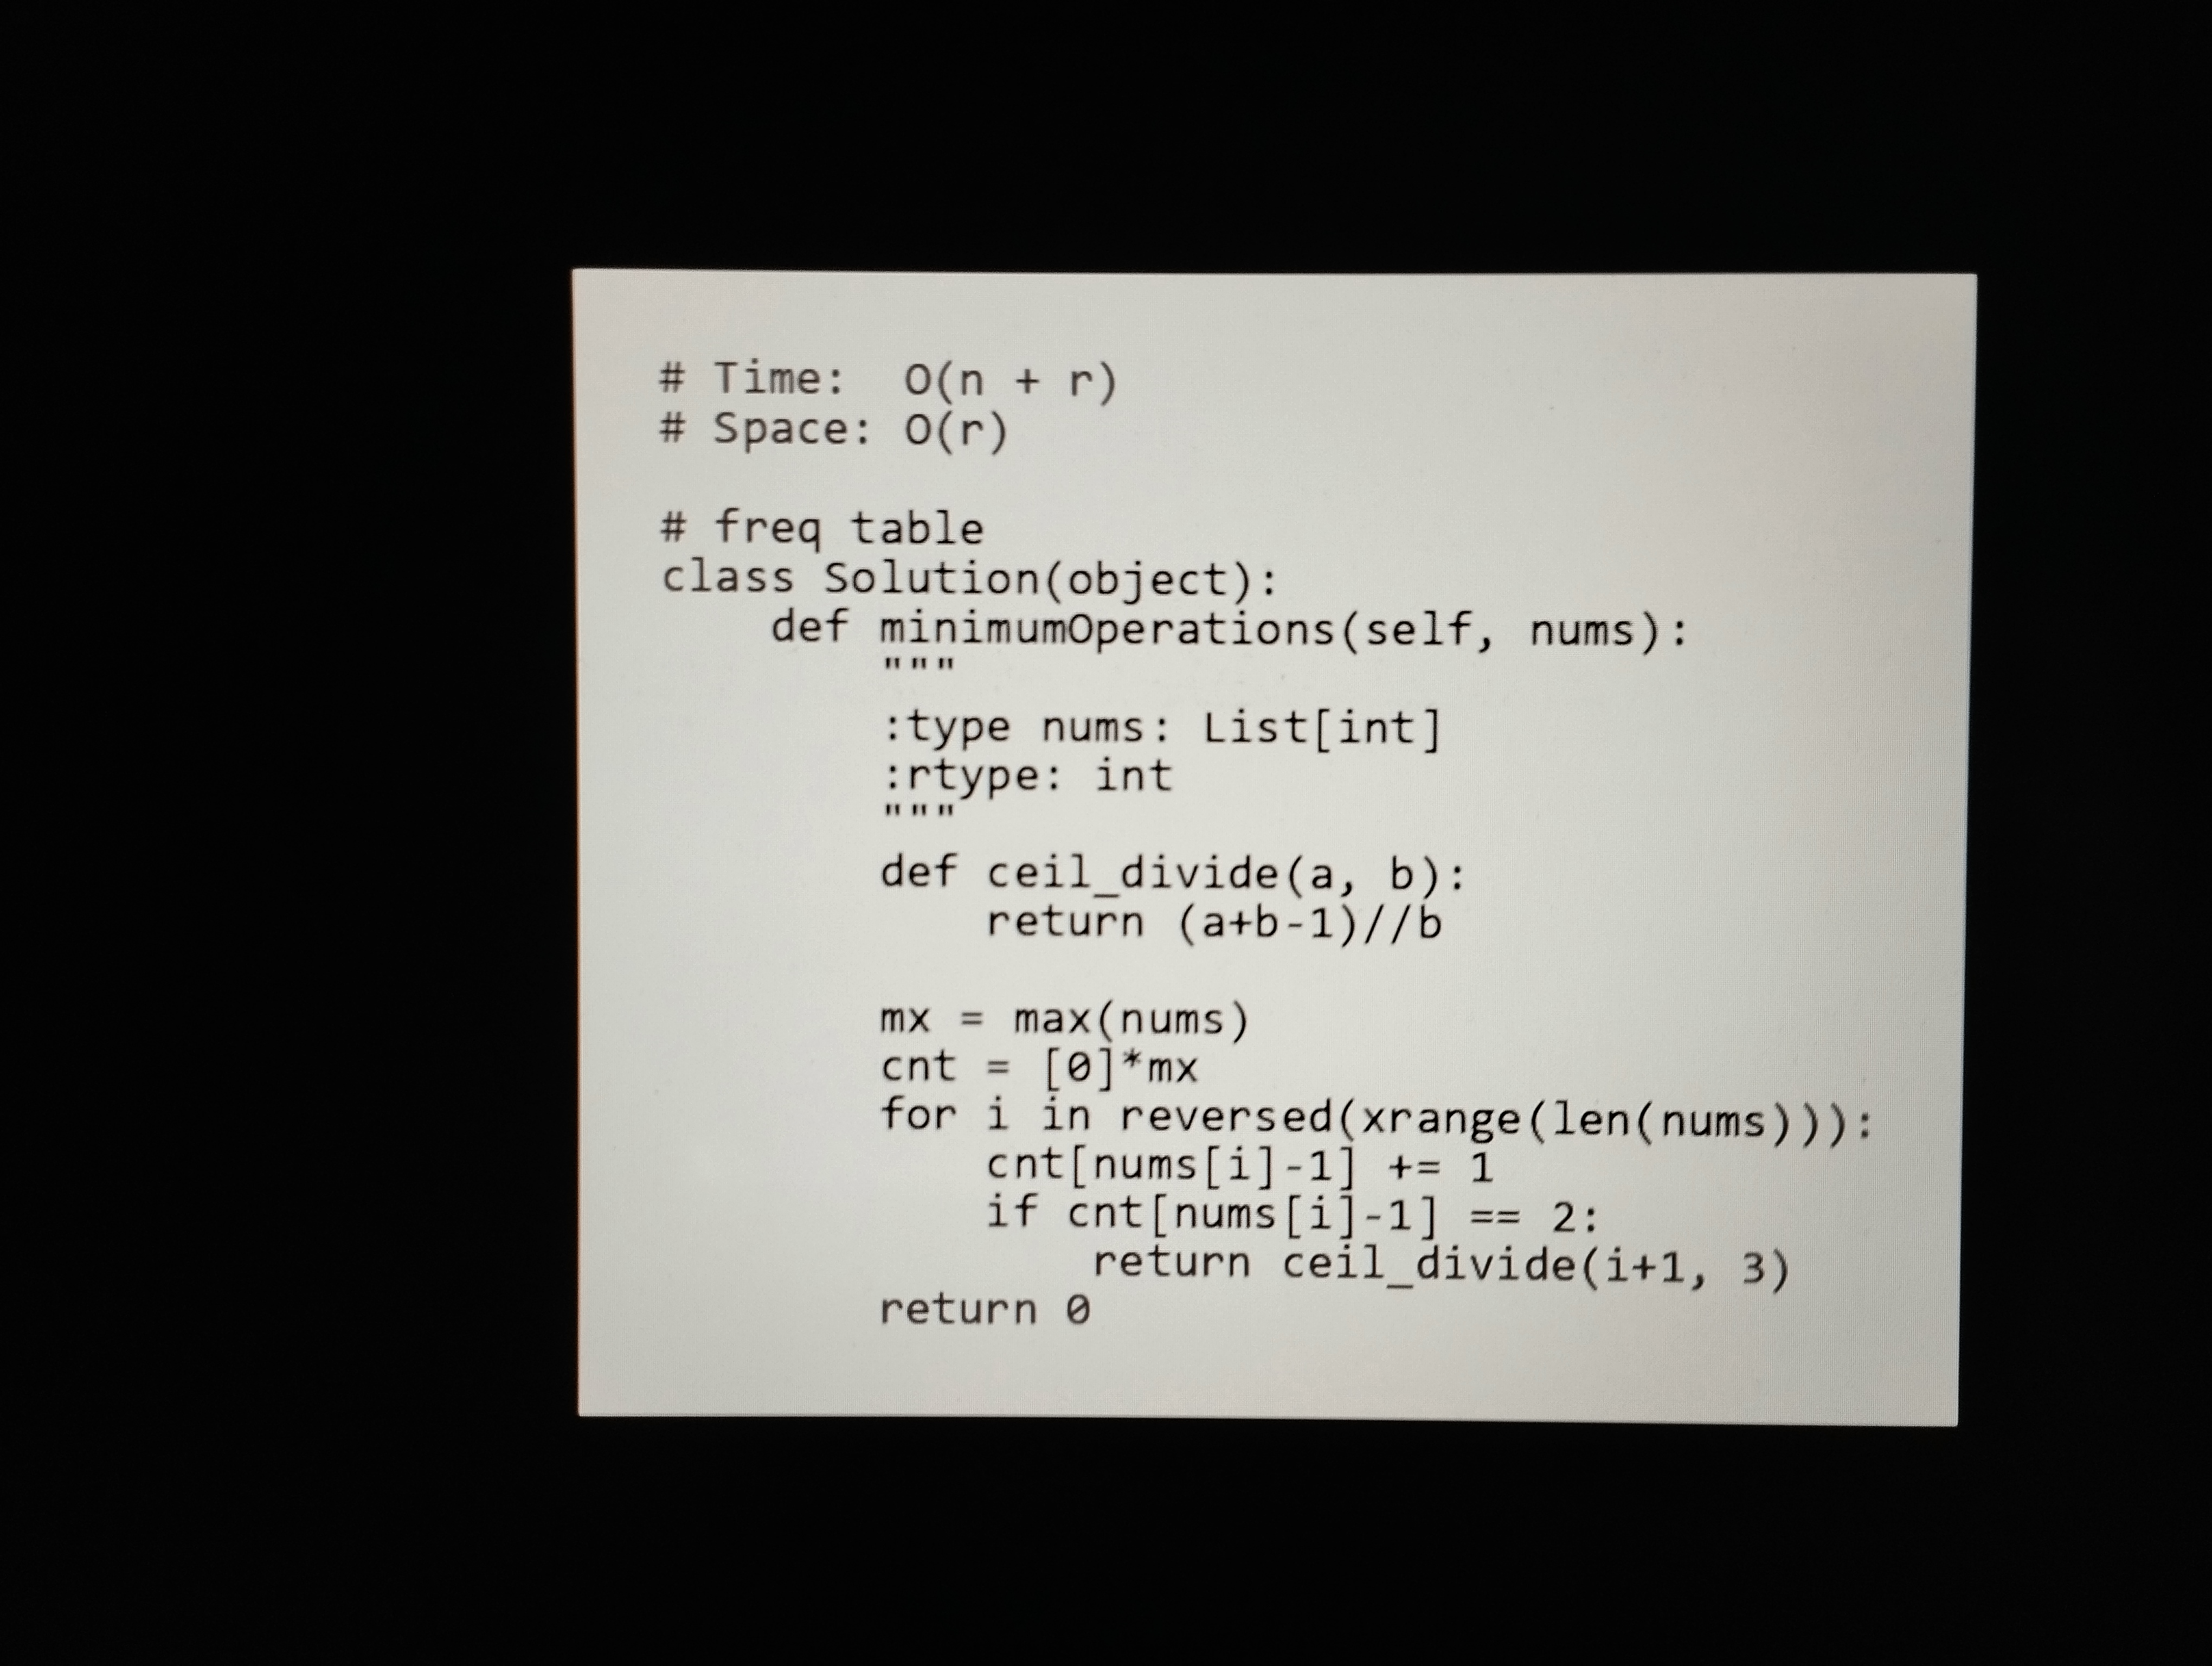
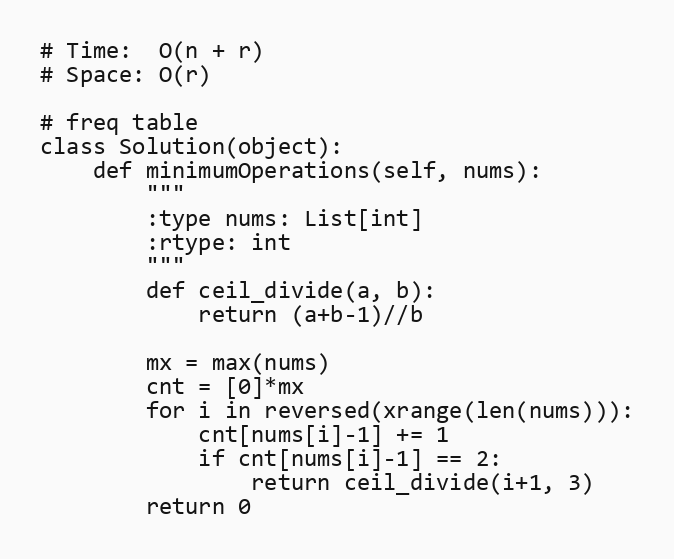
# Time:  O(n + r)
# Space: O(r)

# freq table
class Solution(object):
    def minimumOperations(self, nums):
        """
        :type nums: List[int]
        :rtype: int
        """
        def ceil_divide(a, b):
            return (a+b-1)//b

        mx = max(nums)
        cnt = [0]*mx
        for i in reversed(xrange(len(nums))):
            cnt[nums[i]-1] += 1
            if cnt[nums[i]-1] == 2:
                return ceil_divide(i+1, 3)
        return 0